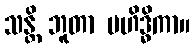
သန္တိ ဘူတာ မဟိဒ္ဓိကာ။